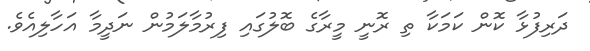
ދަރިފުޅާ ކޮން ކަމަކާ ތި ރޮނީ މީރާގެ ބޮލުގައި ފިރުމާލަމުން ނަދީމާ އަހާލިއެވެ.